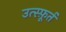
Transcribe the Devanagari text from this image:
उत्स्फ़ूर्त